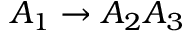
A _ { 1 } \rightarrow A _ { 2 } A _ { 3 }